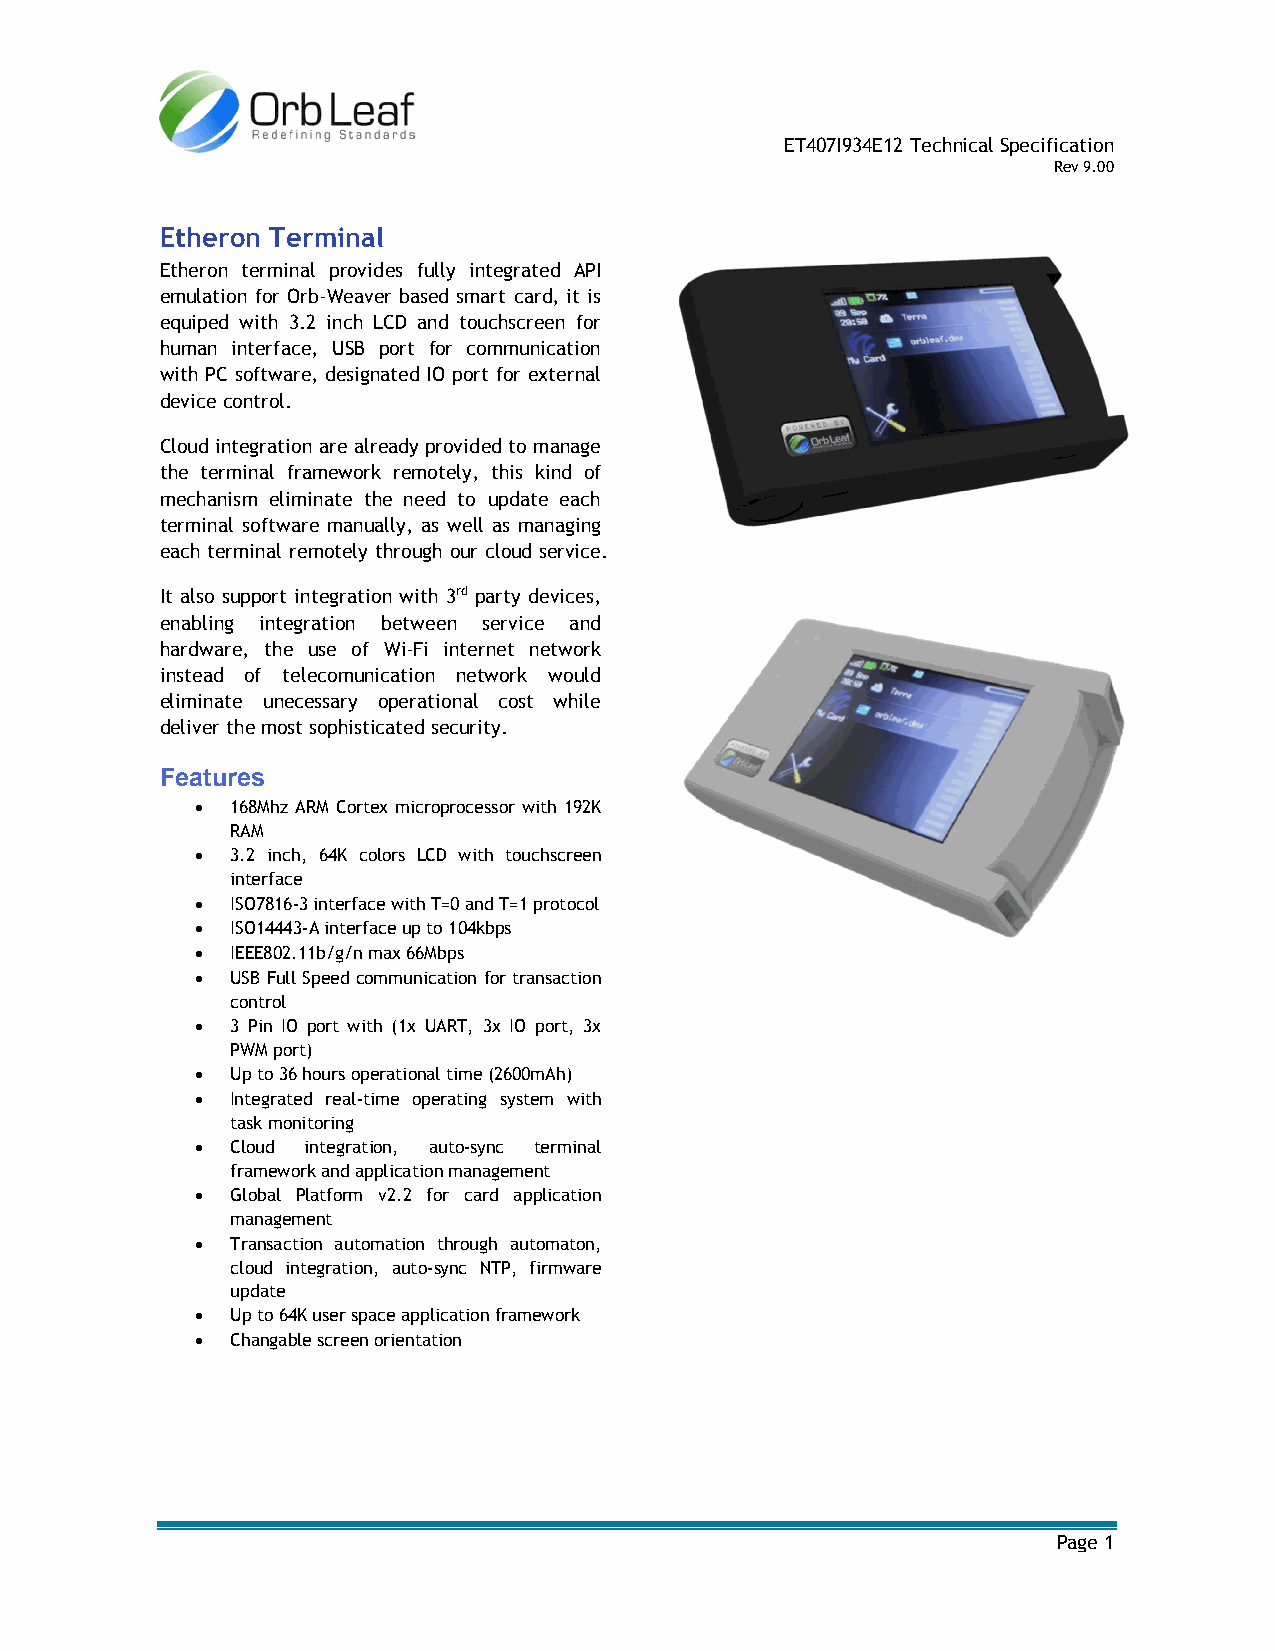
ET407I934E12 Technical Specification
 Rev 9.00
 Etheron Terminal
 Etheron terminal provides fully integrated API
 emulation for Orb-Weaver based smart card, it is
 equiped with 3.2 inch LCD and touchscreen for
 human interface, USB port for communication
 with PC software, designated IO port for external
 device control.
 Cloud integration are already provided to manage
 the terminal framework remotely, this kind of
 mechanism eliminate the need to update each
 terminal software manually, as well as managing
 each terminal remotely through our cloud service.
 It also support integration with 3rd party devices,
 enabling integration between service and
 hardware, the use of Wi-Fi internet network
 instead of telecomunication network would
 eliminate unecessary operational cost while
 deliver the most sophisticated security.
 Features
  168Mhz ARM Cortex microprocessor with 192K
 RAM
  3.2 inch, 64K colors LCD with touchscreen
 interface
  ISO7816-3 interface with T=0 and T=1 protocol
  ISO14443-A interface up to 104kbps
  IEEE802.11b/g/n max 66Mbps
  USB Full Speed communication for transaction
 control
  3 Pin IO port with (1x UART, 3x IO port, 3x
 PWM port)
  Up to 36 hours operational time (2600mAh)
  Integrated real-time operating system with
 task monitoring
  Cloud integration, auto-sync terminal
 framework and application management
  Global Platform v2.2 for card application
 management
  Transaction automation through automaton,
 cloud integration, auto-sync NTP, firmware
 update
  Up to 64K user space application framework
  Changable screen orientation
 Page 1